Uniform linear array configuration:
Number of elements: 48
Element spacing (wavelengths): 0.5
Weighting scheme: cosine
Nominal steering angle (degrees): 15
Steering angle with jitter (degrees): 15.113
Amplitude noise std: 0.05
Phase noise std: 0.05

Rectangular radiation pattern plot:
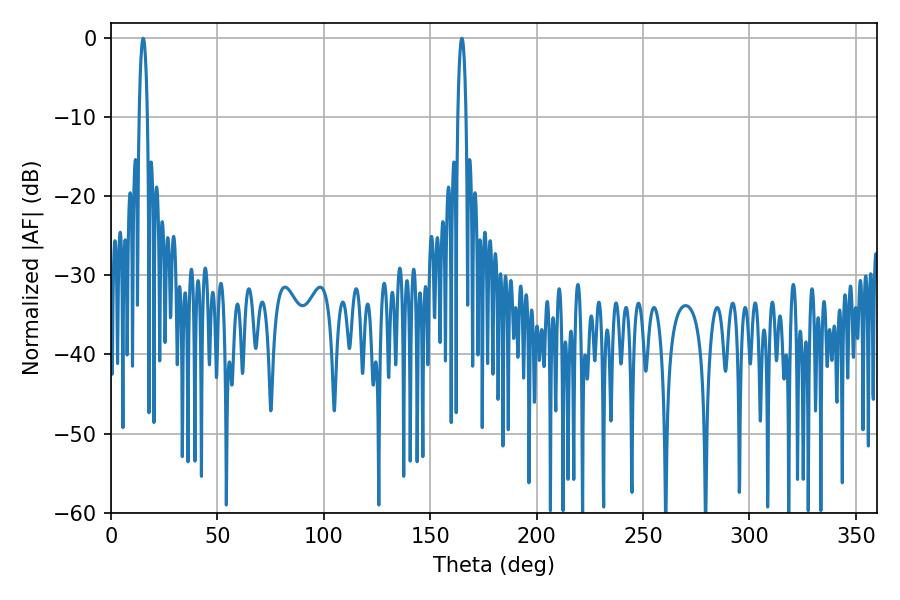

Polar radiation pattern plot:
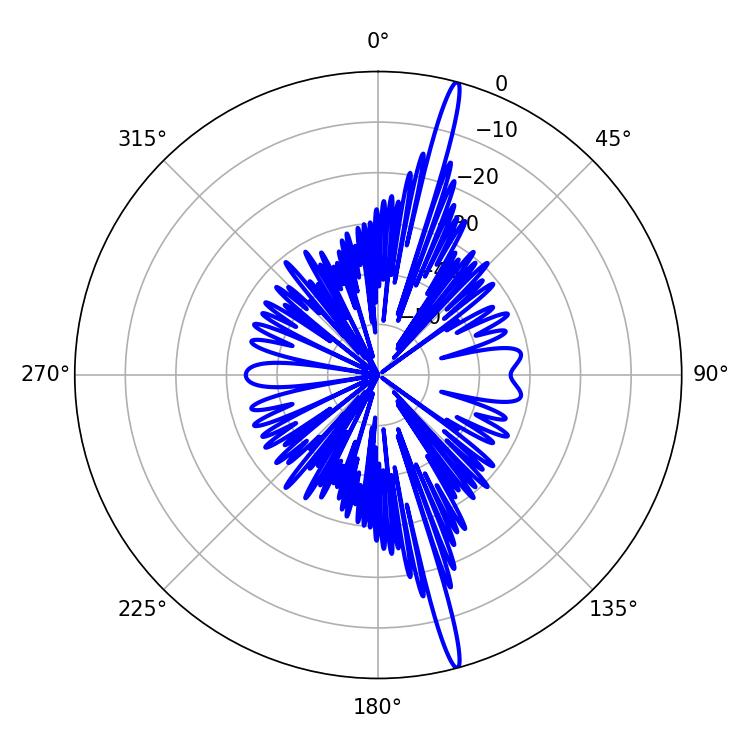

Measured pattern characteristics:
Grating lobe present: FALSE
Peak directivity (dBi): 19.417
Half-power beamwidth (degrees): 2.16
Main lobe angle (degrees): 15.12